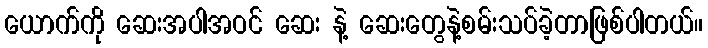
ယောက်ကို ဆေးအပါအဝင် ဆေး နဲ့ ဆေးတွေနဲ့စမ်းသပ်ခဲ့တာဖြစ်ပါတယ်။